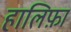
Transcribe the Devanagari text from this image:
हालिफ़ा